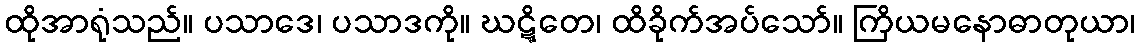
ထိုအာရုံသည်။ ပသာဒေ၊ ပသာဒကို။ ဃဋ္ဋိတေ၊ ထိခိုက်အပ်သော်။ ကြိယမနောဓာတုယာ၊